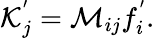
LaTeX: \mathcal{K}_{j}^{'}=\mathcal{M}_{ij}f_{i}^{'}.